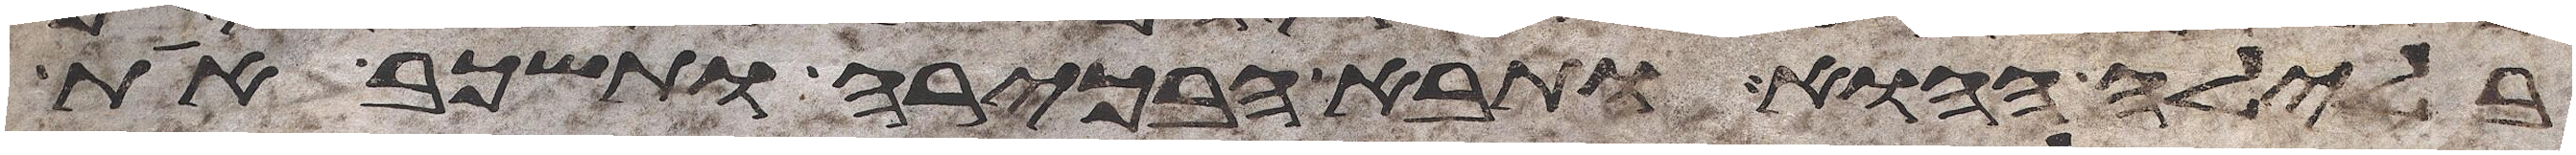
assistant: בלילה ההוא ותבא הבכירה ותשכב את